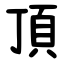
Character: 頂